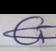
Signature authenticity: genuine